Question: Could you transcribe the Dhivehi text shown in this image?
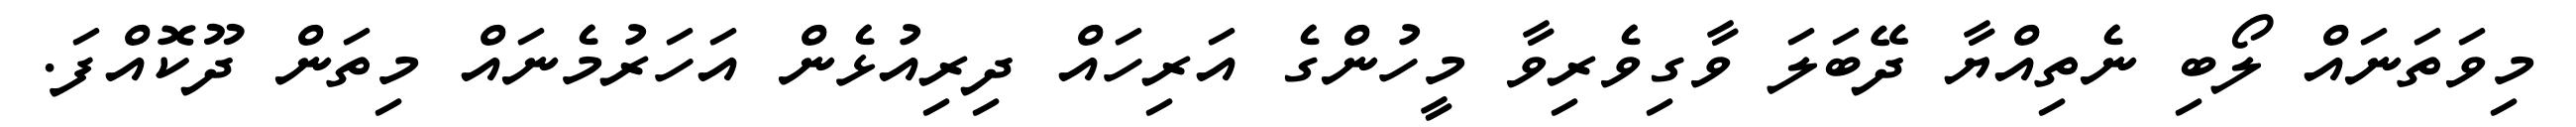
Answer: މިވަތަނައް ލޯބި ނެތިއްޔާ ދޭބަލަ ވާގިވެރިވާ މީހުންގެ އަރިހައް ދިރިއުޅެން އަހަރުމެނައް މިތަން ދޫކޮއްފަ.